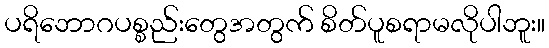
ပရိဘောဂပစ္စည်းတွေအတွက် စိတ်ပူစရာမလိုပါဘူး။